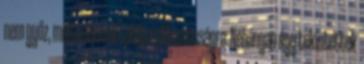
nem győz, méltatlannak találta a Messiásságra: Néhányan úgy tekintettek